system: You are a helpful assistant.
user:
Analyze the provided spectrum to determine if it is a **S-type Star**.

- **Key Indicators for S-type Star:**

    - **(Overall Spectrum Shape):** The first and most obvious characteristic is the overall continuum (the "baseline" shape). It is **extremely "red-sloping,"** meaning the flux (light intensity) is very low on the left side (blue, ~4000-4500 Å) and rises steeply and continuously toward the right side (red, ~7000 Å+).

    - **(Primary):** The spectrum is defined by the presence of strong, broad molecular absorption "valleys" (bands) from **Zirconium Oxide (ZrO)**. The identification of these bands is the **primary requirement** for classifying a star as S-type.
        - **(Key Bandheads):** You must find distinct, deep "dips" where the light has been absorbed. The most critical band systems to locate are:
            - **~6474 Å** ($\gamma$-system): This is often the strongest and clearest ZrO feature, found in the red part of the spectrum.
            - **~5718 Å** & **~5551 Å** ($\beta$-system): A pair of prominent absorption features in the yellow-orange part of the spectrum.
            - **~4640 Å** ($\alpha$-system): A key absorption band system in the blue-green region of the spectrum.

    - **(Secondary Confirmation):** The classification is strengthened by finding additional absorption bands from other related heavy element oxides, which are expected to be present alongside ZrO.
        - **(Key Bandheads):**
            - **Yttrium Oxide (YO):** Look for absorption dips near **~4800 Å** and **~6100 Å**.
            - **Lanthanum Oxide (LaO):** Additional absorption features, particularly in the red-orange part of the spectrum, are also characteristic.

    - **(Line Profile):** The combination of the steep red continuum and these numerous, deep molecular bands (ZrO, YO, etc.) gives the entire spectrum a very **"chopped-up"** or **"bumpy"** appearance. Instead of a smooth curve, the spectrum looks as though large, wide chunks of light have been "carved out" of it at the specific wavelengths listed above.

Think first, call **spectral_visualization_tool** if needed to examine features in detail, then provide your final answer. Your response must adhere to the following strict rules:
1.  **Overall Structure:** Your response must follow the format `<think>...</think> <tool_call>...</tool_call> (if a tool is used) <answer>...</answer>`.
2.  **Tool Usage Constraint:** You may only make **one** tool call per turn.
3.  **Final Answer Format:** In the `<answer>` tag, your conclusion must be inside a `\boxed{}` command (e.g., `\boxed{YES}` or `\boxed{NO}`), followed by your justification.

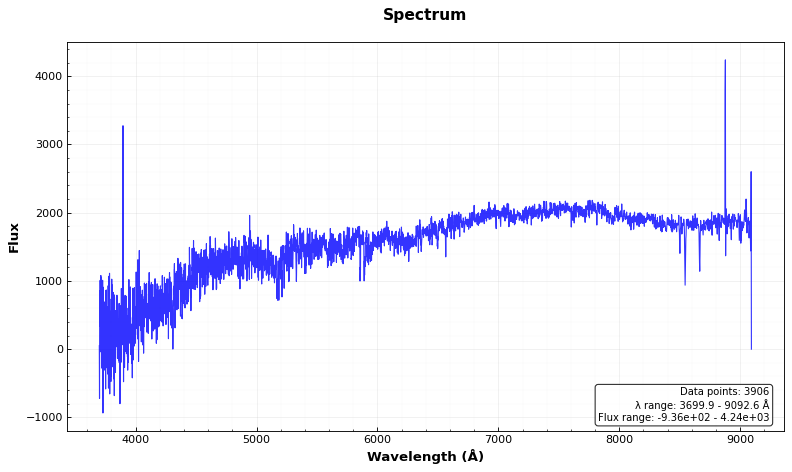
Answer: NO